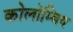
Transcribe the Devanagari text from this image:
कोलोम्बिय